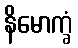
နိမောက္ခံ